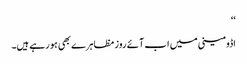
‘‘
اڈومینی میں اب آئے روز مظاہرے بھی ہو رہے ہیں۔